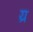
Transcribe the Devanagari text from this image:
य्र